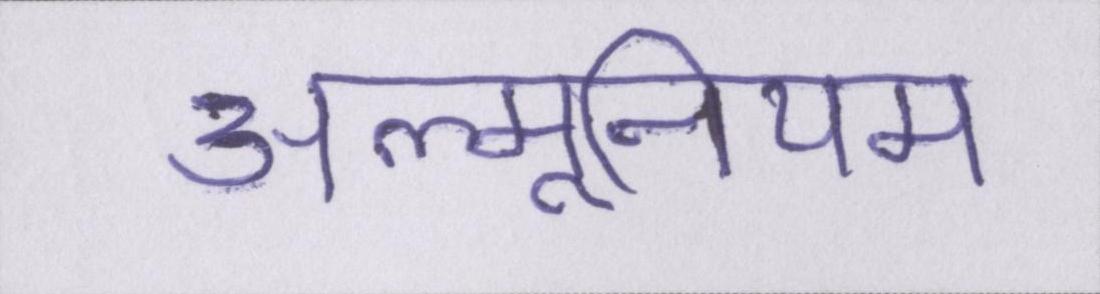
अल्मूनियम